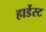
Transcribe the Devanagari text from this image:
हार्डेस्ट